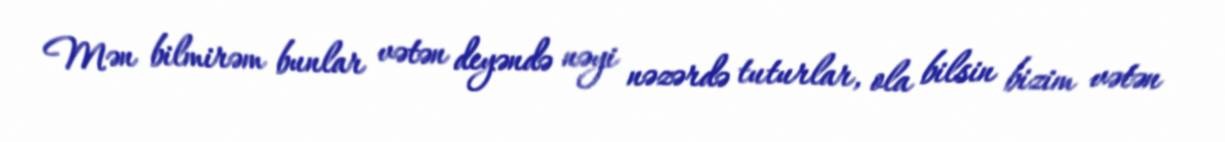
Mən bilmirəm bunlar vətən deyəndə nəyi nəzərdə tuturlar, ola bilsin bizim vətən